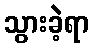
သွားခဲ့ရာ